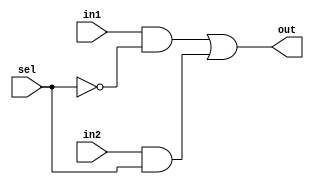
module MUX2TO1 (in1, in2, sel, out);
    input in1, in2, sel;
    output out;

    wire not_sel, a1, a2;

    not N0 (not_sel, sel);
    and A0 (a1, in1, not_sel);
    and A1 (a2, in2, sel);

    or OR0 (out, a1, a2);
endmodule

//8-BIT WIDE 2TO1MUX
module MUX2TO1_8BIT (in1, in2, sel, out);
    input [7: 0] in1, in2;
    input sel;
    output [7: 0] out;

    genvar j;

    generate for (j = 0; j < 8; j = j + 1) begin: MUX_LOOP
        MUX2TO1 MUXj(in1[j], in2[j], sel, out[j]);
    end
    endgenerate

endmodule

//32 BIT WIDE 2TO1 MUX
module MUX2TO1_32BIT (in1, in2, sel, out);
    input [31: 0] in1, in2;
    input sel;
    output [31: 0] out;


    genvar j;

    generate for (j = 0; j < 4; j = j + 1) begin: MUX_LOOP_1
        MUX2TO1_8BIT MUXj(in1[8*j + 7: 8*j + 0], in2[8*j + 7: 8*j + 0], sel, out[8*j + 7: 8*j + 0]);
    end
    endgenerate
endmodule

//4TO1 MUX OF 1BIT
module MUX4TO1_1BIT(in1, in2, in3, in4, sel, out);
    input in1, in2, in3, in4;
    input [1: 0] sel;
    output out;

    assign out = sel == 0? in1: sel == 1? in2: sel == 2? in3: in4;
endmodule

//4TO1 MUX OF 32BITS
module MUX4TO1_32BITS (in1, in2, in3, in4, sel, out);
    input [31: 0] in1, in2, in3, in4;
    output [31: 0] out;
    input [1: 0] sel;

    genvar j;
    generate for (j = 0; j < 32; j = j + 1) begin: MUX_LOOP_2
        MUX4TO1_1BIT MUXj(in1[j],in2[j],in3[j],in4[j], sel[1: 0], out[j]);
    end
    endgenerate
endmodule
//TESTBENCH
// module TESTBENCH;
//     reg [31: 0] in1, in2;
//     reg sel;
//     wire [31: 0] out;

//     MUX2TO1_32BIT MUX(in1, in2, sel, out);

//     initial begin
//         $monitor ($time, "IN1 = %h IN2 = %h SEL = %b OUT = %h\n", in1, in2, sel, out);
//         in1 = 32'hABCDEF12;
//         in2 = 32'h12345678;
//         sel = 1'b0;
//         #100 sel = 1'b1;
//         #1000 $finish;
//     end
// endmodule